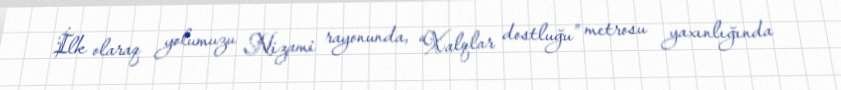
İlk olaraq yolumuzu Nizami rayonunda, “Xalqlar dostluğu” metrosu yaxınlığında